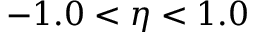
- 1 . 0 < \eta < 1 . 0